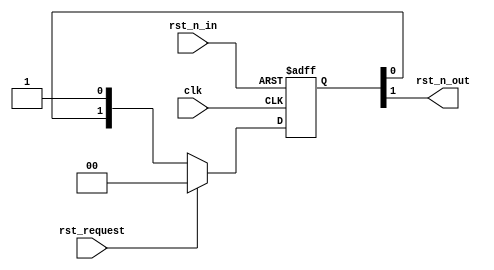
//-----------------------------------------------------------------------------
// Abstract : Simple reset synchronizer
//-----------------------------------------------------------------------------

// Reset synchroniser
module fpga_rst_sync  (
  input  wire  clk,
  input  wire  rst_n_in,                    //
  input  wire  rst_request,
  output wire  rst_n_out
  );

  reg   [1:0]  reg_rst_sync;

  always @(posedge clk or negedge rst_n_in)
  begin
  if (~rst_n_in)
    reg_rst_sync <= 2'b00;
  else
    if (rst_request)
      reg_rst_sync <= 2'b00;
    else
      reg_rst_sync <= {reg_rst_sync[0], 1'b1};
  end

  assign     rst_n_out = reg_rst_sync[1];

endmodule